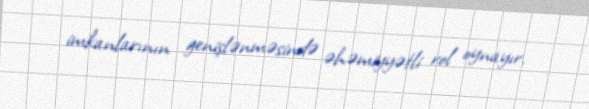
imkanlarının genişlənməsində əhəmiyyətli rol oynayır.